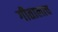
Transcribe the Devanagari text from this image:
गीतालाच